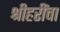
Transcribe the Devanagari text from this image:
श्रीहरींचा